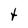
Character: t